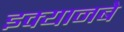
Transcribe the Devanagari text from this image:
इक्यानबे